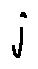
j